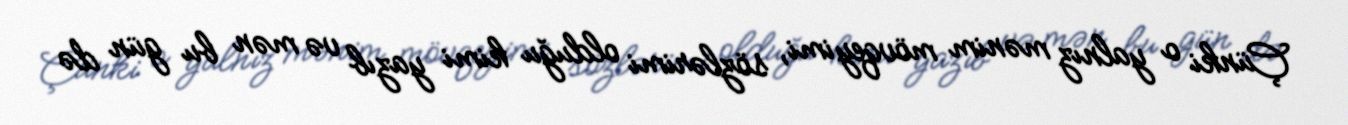
Çünki o yalnız mənim mövqeyimi, sözlərimi olduğu kimi yazıb və mən bu gün də